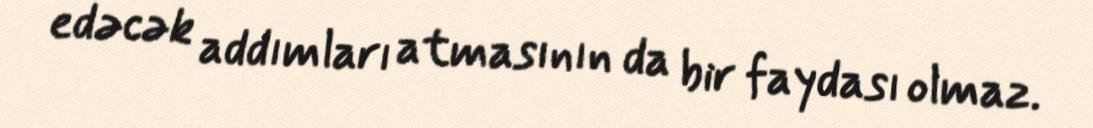
edəcək addımları atmasının da bir faydası olmaz.